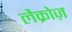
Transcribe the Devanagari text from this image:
लैक्रोज़